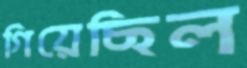
গিয়েছিল